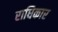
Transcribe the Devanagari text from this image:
राधिकार